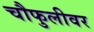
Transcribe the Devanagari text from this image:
चौफुलीवर